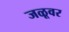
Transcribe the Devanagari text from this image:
जळूवर